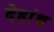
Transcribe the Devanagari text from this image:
देहांथ